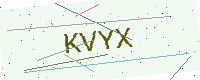
Text: KVYX